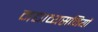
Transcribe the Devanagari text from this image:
मद्याव्यसनियों